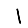
Digit: 1